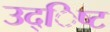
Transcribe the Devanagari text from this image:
उद्िष्ट